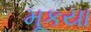
મૂકયા